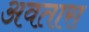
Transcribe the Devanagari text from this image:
अवतारा